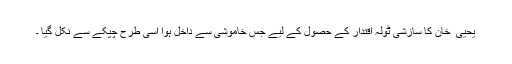
یحیی ٰ خان کا سازشی ٹولہ اقتدار کے حصول کے لیے جس خاموشی سے داخل ہوا اُسی طرح چُپکے سے نکل گیا ۔